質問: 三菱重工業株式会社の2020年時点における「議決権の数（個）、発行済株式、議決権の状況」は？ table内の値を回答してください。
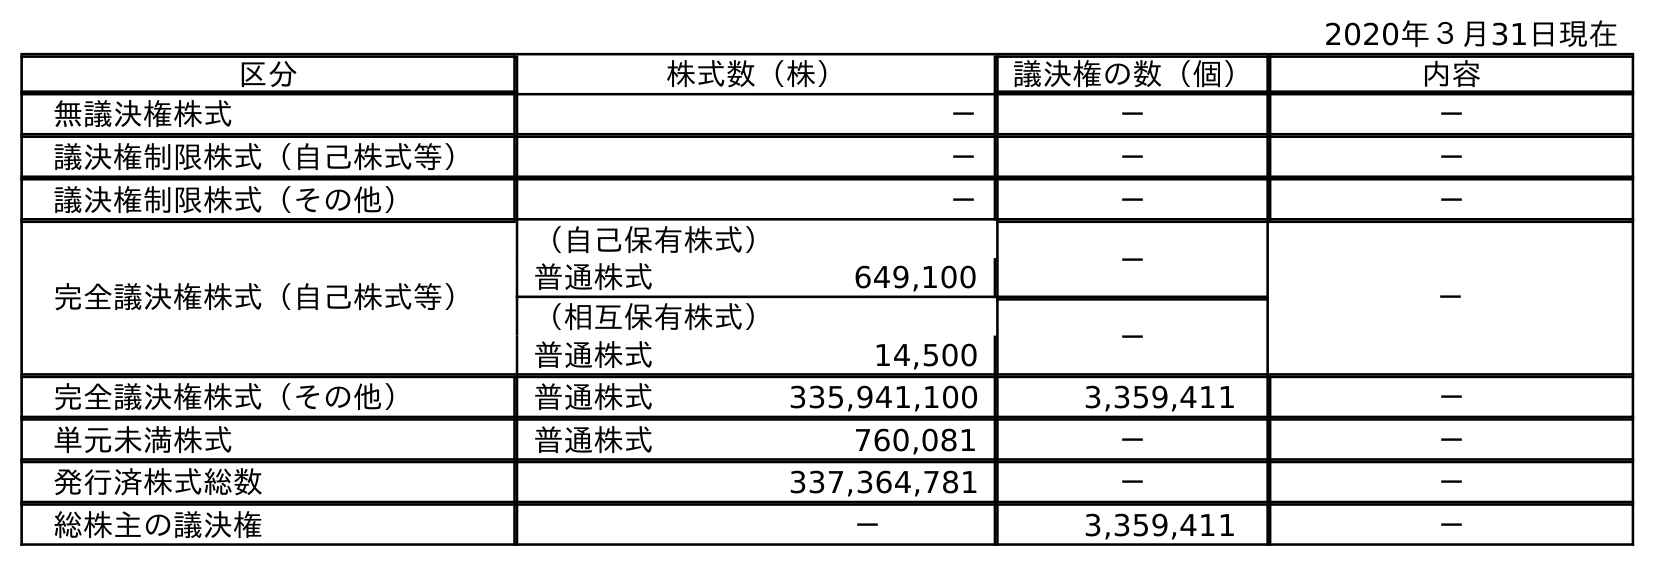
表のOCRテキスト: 2020年３月31日現在 区分 株式数（株） 議決権の数（個） 内容 無議決権株式 － － － 議決権制限株式（自己株式等） － － － 議決権制限株式（その他） － － － 完全議決権株式（自己株式等） （自己保有株式） － － 普通株式 649,100 （相互保有株式） － 普通株式 14,500 完全議決権株式（その他） 普通株式 335,941,100 3,359,411 － 単元未満株式 普通株式 760,081 － － 発行済株式総数 337,364,781 － － 総株主の議決権 － 3,359,411 －
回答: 3,359,411